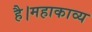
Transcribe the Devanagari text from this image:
है।महाकाव्य